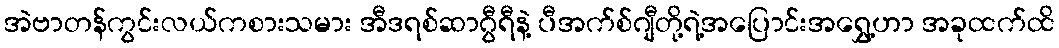
အဲဗာတန်ကွင်းလယ်ကစားသမား အီဒရစ်ဆာဂွီရီနဲ့ ပီအက်စ်ဂျီတို့ရဲ့အပြောင်းအရွှေ့ဟာ အခုထက်ထိ